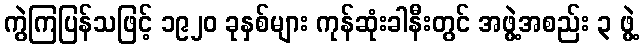
ကွဲကြပြန်သဖြင့် ၁၉၂၀ ခုနှစ်များ ကုန်ဆုံးခါနီးတွင် အဖွဲ့အစည်း ၃ ဖွဲ့